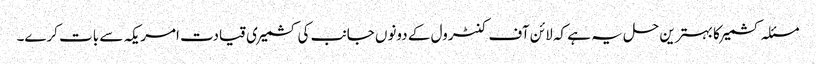
مسئلہ کشمیر کا بہترین حل یہ ہے کہ لائن آف کنٹرول کے دونوں جانب کی کشمیری قیادت امریکہ سے بات کرے۔